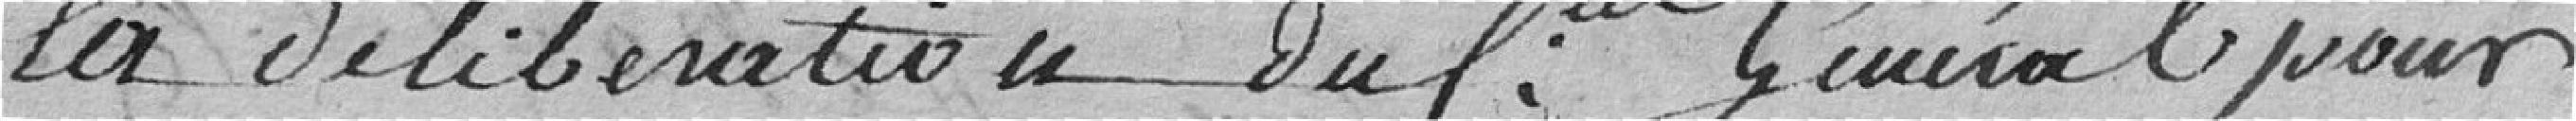
la délibération du Conseil Général pour